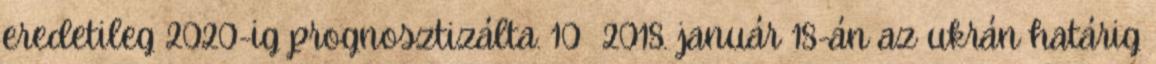
eredetileg 2020-ig prognosztizálta. 10 2018. január 18-án az ukrán határig